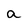
Character: a